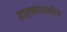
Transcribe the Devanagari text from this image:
ग्राहक्पंचायतीने